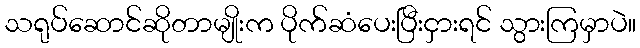
သရုပ်ဆောင်ဆိုတာမျိုးက ပိုက်ဆံပေးပြီးငှားရင် သွားကြမှာပဲ။